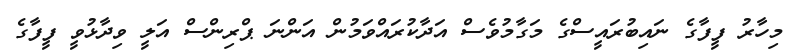
މިހާރު ފީފާގެ ނައިބުރައީސްގެ މަގާމުވެސް އަދާކުރައްވަމުން އަންނަ ޕްރިންސް އަލީ ވިދާޅުވީ ފީފާގެ